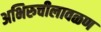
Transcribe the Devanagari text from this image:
अभिरुचीलावळण